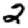
Digit: 2